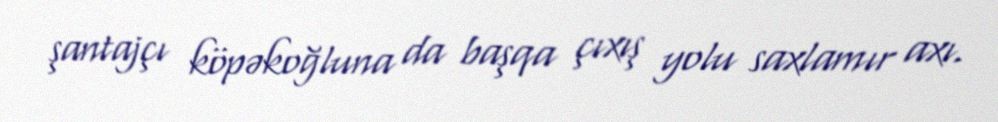
şantajçı köpəkoğluna da başqa çıxış yolu saxlamır axı.